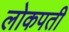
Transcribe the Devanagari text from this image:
लोकपती